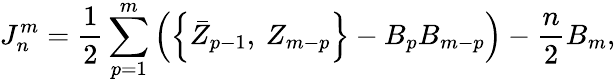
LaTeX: J_{n}^{m}=\frac 12\sum_{p=1}^{m}\left(\left\{ \bar{Z}_{p-1},\: Z_{m-p}\right\} -B_{p}B_{m-p}\right)-\frac n2B_{m},